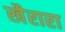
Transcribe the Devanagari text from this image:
खैरारा